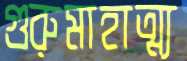
গুরুমাহাত্ম্য